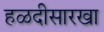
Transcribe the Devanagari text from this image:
हळदीसारखा